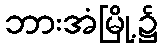
ဘားအံမြို့၌